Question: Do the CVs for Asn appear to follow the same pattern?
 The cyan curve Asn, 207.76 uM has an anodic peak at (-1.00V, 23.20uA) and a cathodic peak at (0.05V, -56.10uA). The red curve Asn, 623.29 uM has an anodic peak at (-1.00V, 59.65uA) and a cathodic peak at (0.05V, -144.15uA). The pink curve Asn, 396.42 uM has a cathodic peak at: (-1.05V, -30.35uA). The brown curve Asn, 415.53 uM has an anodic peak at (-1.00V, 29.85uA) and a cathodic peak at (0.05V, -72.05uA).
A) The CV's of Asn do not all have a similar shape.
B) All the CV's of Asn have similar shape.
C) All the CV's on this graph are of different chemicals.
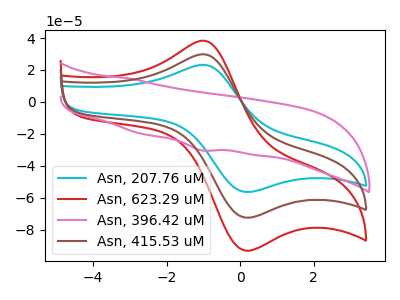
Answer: <think>All the peaks in "Asn, 207.76 uM" have a peak in "Asn, 623.29 uM" at the same potential. Every peak in "Asn, 207.76 uM" is lower than every peak in "Asn, 623.29 uM". "Asn, 207.76 uM" and "Asn, 396.42 uM" have a different number of peaks. All the peaks in "Asn, 207.76 uM" have a peak in "Asn, 415.53 uM" at the same potential. Every peak in "Asn, 207.76 uM" is lower than every peak in "Asn, 415.53 uM". "Asn, 623.29 uM" and "Asn, 396.42 uM" have a different number of peaks. All the peaks in "Asn, 623.29 uM" have a peak in "Asn, 415.53 uM" at the same potential. Every peak in "Asn, 623.29 uM" is higher than every peak in "Asn, 415.53 uM". "Asn, 396.42 uM" and "Asn, 415.53 uM" have a different number of peaks.
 </think>
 <answer>B) All the CV's of "Asn" have similar shape.</answer>
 <eval>B</eval>